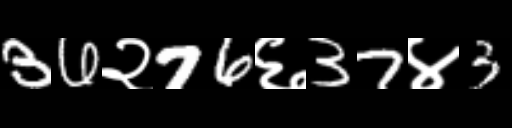
Text: 36२76६37४3